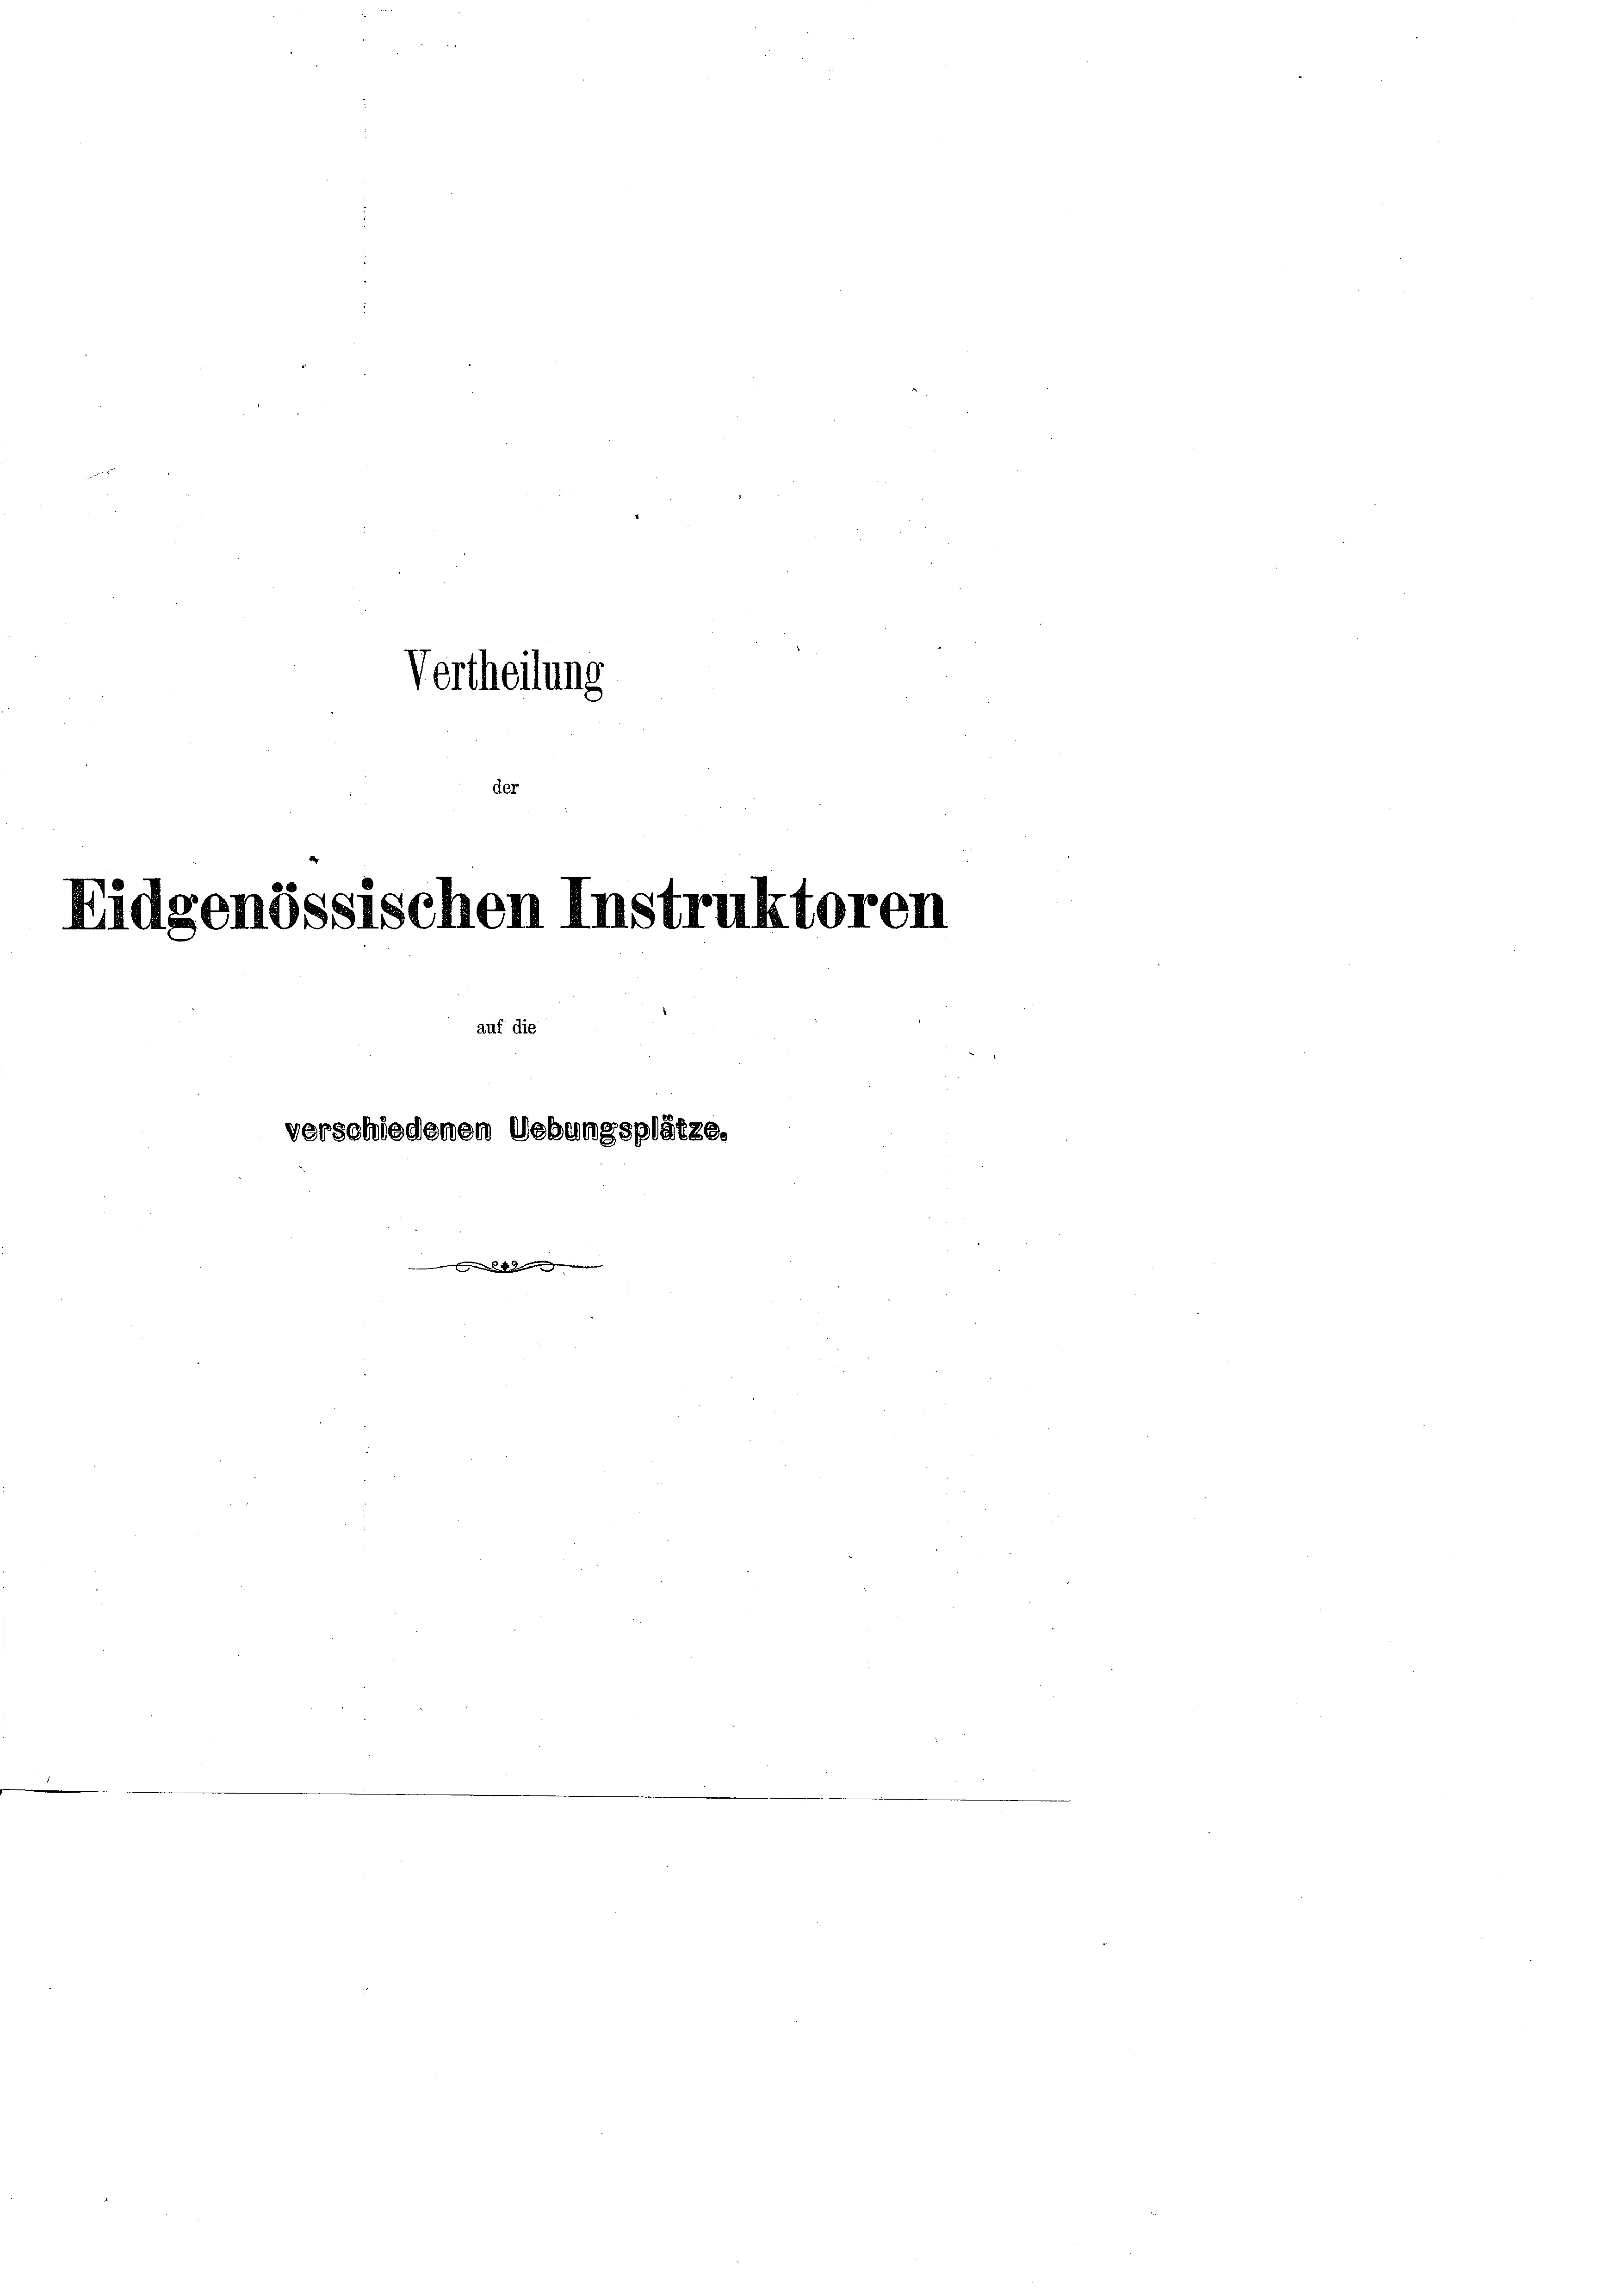
Vertheilung
der

Eidgenössischen Instruktoren

auf die
verschiedenen Uebungsplätze.
 49 de